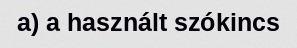
a) a használt szókincs